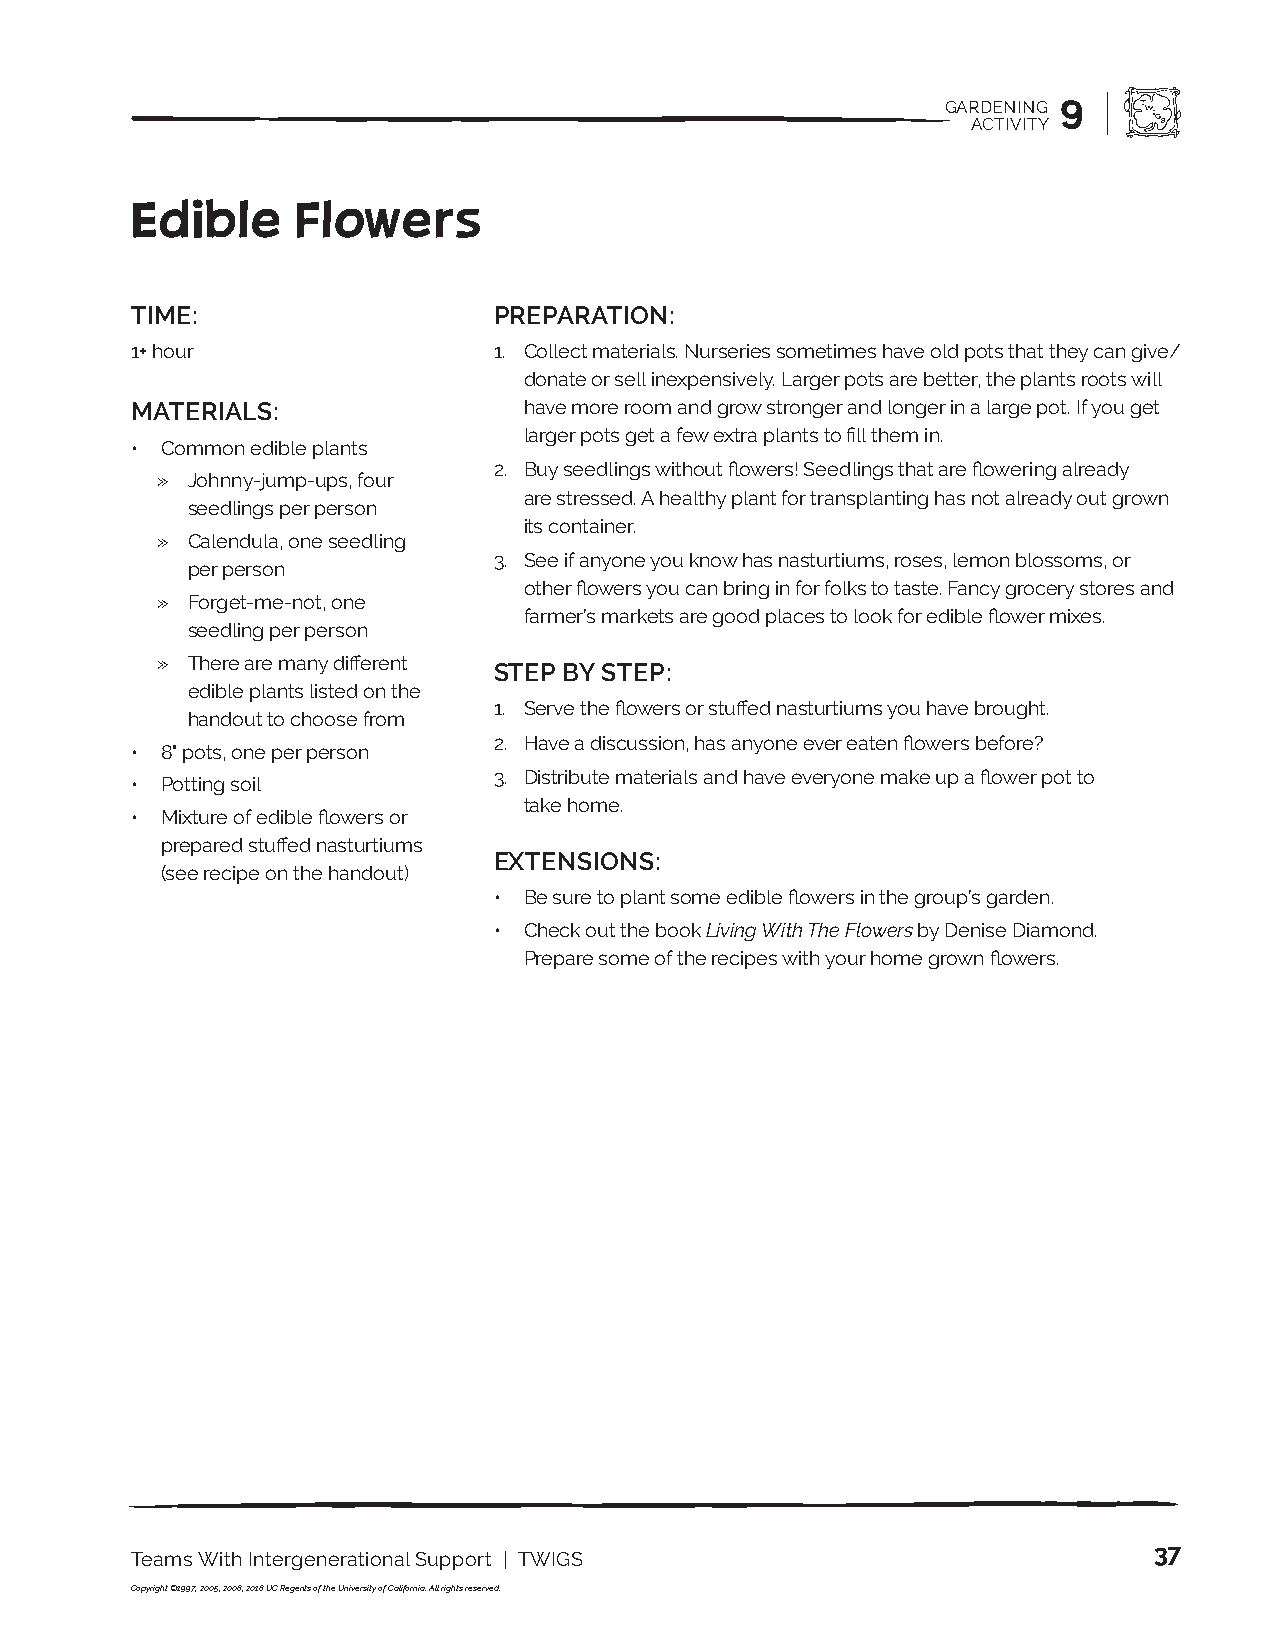
GARDENING 9
 ACTIVITY
 Edible     Flowers
 TIME:                   PREPARATION:
 1+ hour                 1. Collect materials. Nurseries sometimes have old pots that they can give/
 donate or sell inexpensively. Larger pots are better, the plants roots will
 MATERIALS:                have more room and grow stronger and longer in a large pot. If you get
 larger pots get a few extra plants to fill them in.
 • Common edible plants
 2. Buy seedlings without flowers! Seedlings that are flowering already
 » Johnny-jump-ups, four
 are stressed. A healthy plant for transplanting has not already out grown
 seedlings per person
 its container.
 » Calendula, one seedling
 3. See if anyone you know has nasturtiums, roses, lemon blossoms, or
 per person
 other flowers you can bring in for folks to taste. Fancy grocery stores and
 » Forget-me-not, one
 farmer’s markets are good places to look for edible flower mixes.
 seedling per person
 » There are many different
 STEP BY STEP:
 edible plants listed on the
 1. Serve the flowers or stuffed nasturtiums you have brought.
 handout to choose from
 2. Have a discussion, has anyone ever eaten flowers before?
 • 8" pots, one per person
 3. Distribute materials and have everyone make up a flower pot to
 • Potting soil
 take home.
 • Mixture of edible flowers or
 prepared stuffed nasturtiums
 EXTENSIONS:
 (see recipe on the handout)
 • Be sure to plant some edible flowers in the group’s garden.
 • Check out the book Living With The Flowers by Denise Diamond.
 Prepare some of the recipes with your home grown flowers.
 37
 Teams With Intergenerational Support | TWIGS
 Copyright ©1997, 2005, 2008, 2018 UC Regents of the University of California. All rights reserved.